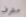
مشرف